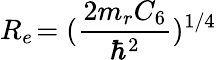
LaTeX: R_{e}\! =(\frac{2m_{r}C_{6}}{\hbar^{2}})^{1/4}